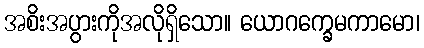
အစိးအပွားကိုအလိုရှိသော။ ယောဂက္ခေမကာမော၊